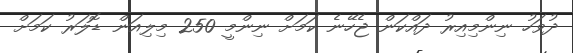
ދުވަހު ނިންމިއިރު ދައްކަން ޖެހޭނެ ކަމަށް ނިންމީ 250 މިލިއަން ޑޮލަރު ކަމަށް